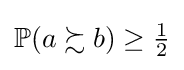
\mathbb {P} (a\succsim b)\geq {\tfrac {1}{2}}